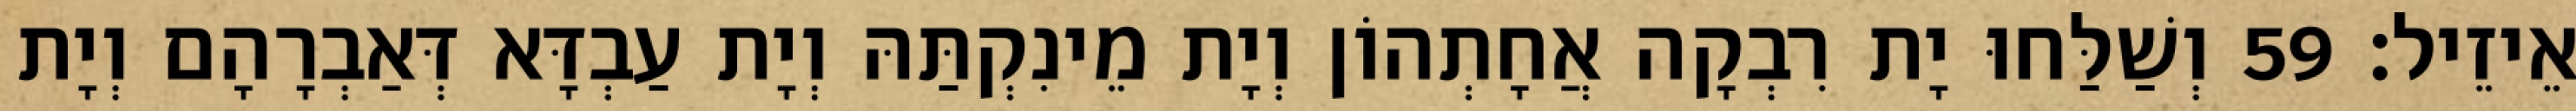
אֵיזֵיל׃ 59 וְשַׁלַּחוּ יָת רִבְקָה אֲחָתְהוֹן וְיָת מֵינִקְתַּהּ וְיָת עַבְדָּא דְּאַבְרָהָם וְיָת